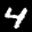
Label: 4